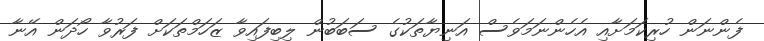
ފެންނަން ހުރިކަމަށާއި އެހެންނަމަވެސް އަނިޔާތަކުގެ ސަބަބުން ލިބިފައިވާ ޒަހަމްތަކަށް ފަރުވާ ހޯދަން އޭނާ